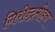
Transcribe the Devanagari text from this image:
गिरीन्द्रमोहन